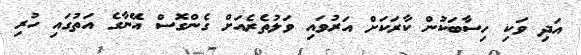
އަދި ވަކި ހިސާބަކުން ކާރަކަށް އަރުވައި ވަލުތެރެއަށް ގެންގޮސް އޭނާގެ އަތުގައި ހުރި